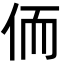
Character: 侕